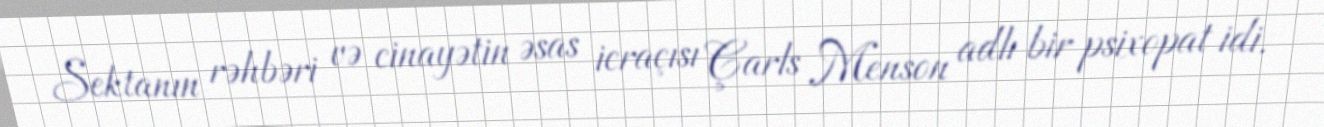
Sektanın rəhbəri və cinayətin əsas icraçısı Çarls Menson adlı bir psixopat idi.